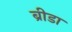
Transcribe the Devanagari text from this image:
ब्रीडा